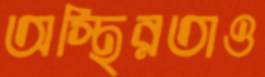
অস্থিরতাও